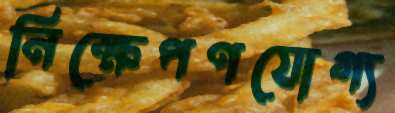
নিক্ষেপণযোগ্য